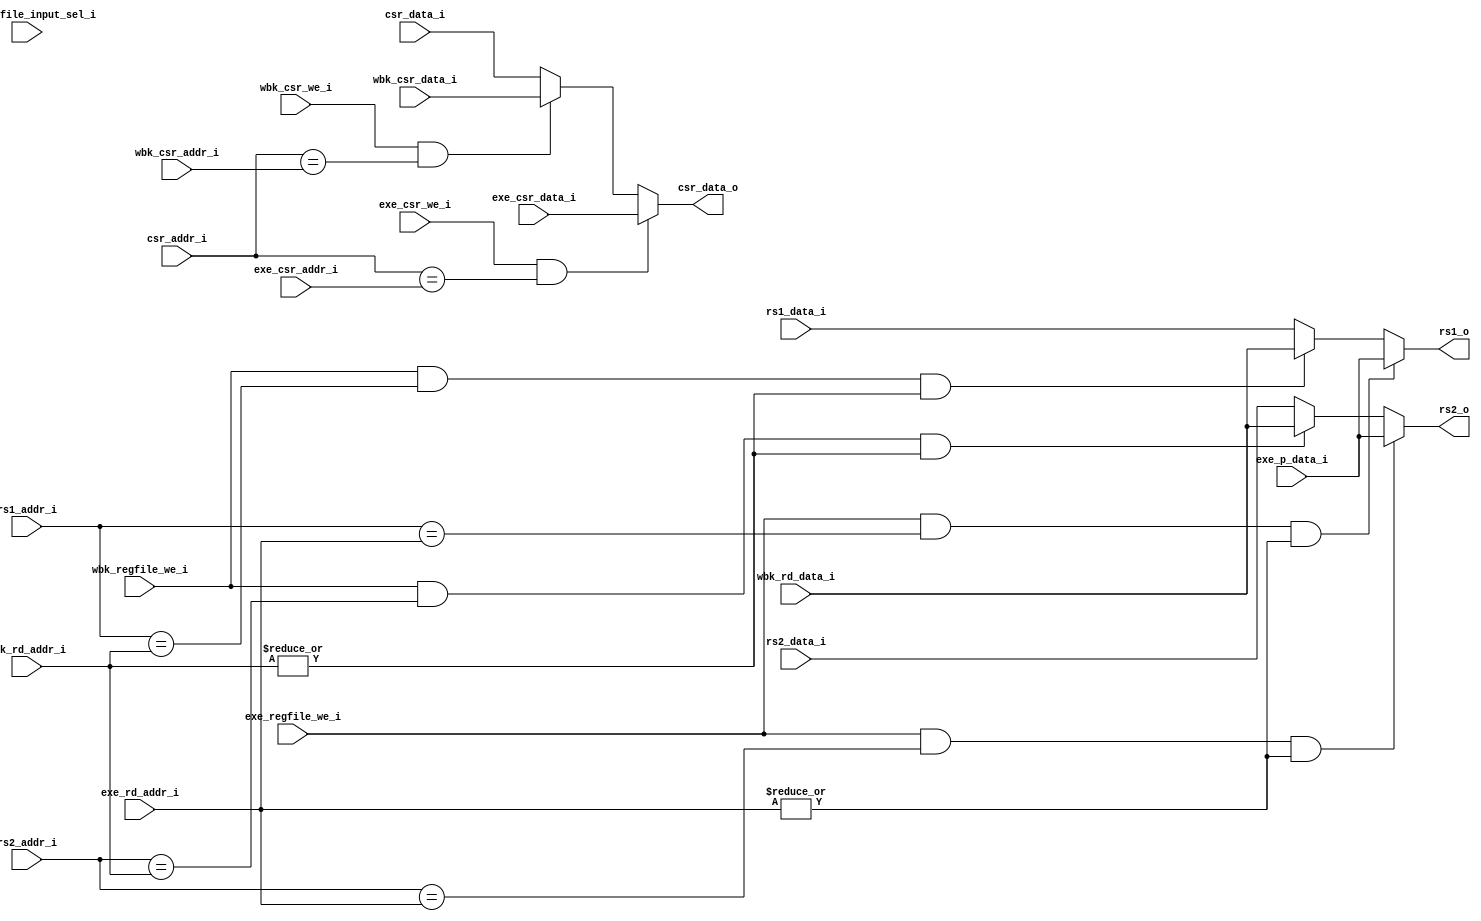
module forwarding_unit #( parameter XLEN = 32 )
(
    // Register data from Decode
    input  [4: 0]       rs1_addr_i,
    input  [4: 0]       rs2_addr_i,
    input  [11: 0]      csr_addr_i,
    input  [XLEN-1 : 0] rs1_data_i,
    input  [XLEN-1 : 0] rs2_data_i,
    input  [XLEN-1 : 0] csr_data_i,

    // Register data from Execute
    input  [4: 0]       exe_rd_addr_i,
    input               exe_regfile_we_i,
    input  [2: 0]       exe_regfile_input_sel_i,
    input  [XLEN-1 : 0] exe_p_data_i,

    input  [11: 0]      exe_csr_addr_i,
    input               exe_csr_we_i,
    input  [XLEN-1 : 0] exe_csr_data_i,

    // Register data from Writeback
    input  [4: 0]       wbk_rd_addr_i,
    input               wbk_regfile_we_i,
    input  [XLEN-1 : 0] wbk_rd_data_i,

    input  [11: 0]      wbk_csr_addr_i,
    input               wbk_csr_we_i,
    input  [XLEN-1 : 0] wbk_csr_data_i,

    // to Execution Stage
    output [XLEN-1 : 0] rs1_o,
    output [XLEN-1 : 0] rs2_o,
    output [XLEN-1 : 0] csr_data_o
);

wire is_rs1_rd_EXE_MEM_same, is_rs2_rd_EXE_MEM_same, is_csr_addr_EXE_MEM_same;
wire is_rs1_rd_MEM_WB_same, is_rs2_rd_MEM_WB_same, is_csr_addr_MEM_WB_same;
wire is_rd_EXE_MEM_not_zero, is_rd_MEM_WB_not_zero;

wire rs1_EXE_MEM_fwd, rs2_EXE_MEM_fwd, csr_EXE_MEM_fwd;
wire rs1_MEM_WB_fwd, rs2_MEM_WB_fwd, csr_MEM_WB_fwd;

wire [XLEN-1 : 0] correct_rs1_data, correct_rs2_data, correct_csr_data;
wire [XLEN-1 : 0] correct_fwd_src2;
wire [XLEN-1 : 0] correct_fwd_src1;

assign is_rs1_rd_EXE_MEM_same = (rs1_addr_i == exe_rd_addr_i);
assign is_rs2_rd_EXE_MEM_same = (rs2_addr_i == exe_rd_addr_i);
assign is_csr_addr_EXE_MEM_same = (csr_addr_i == exe_csr_addr_i);
assign is_rs1_rd_MEM_WB_same = (rs1_addr_i == wbk_rd_addr_i);
assign is_rs2_rd_MEM_WB_same = (rs2_addr_i == wbk_rd_addr_i);
assign is_csr_addr_MEM_WB_same = (csr_addr_i == wbk_csr_addr_i);

assign is_rd_EXE_MEM_not_zero = ( | exe_rd_addr_i);
assign is_rd_MEM_WB_not_zero = ( | wbk_rd_addr_i);

assign rs1_EXE_MEM_fwd = exe_regfile_we_i & is_rs1_rd_EXE_MEM_same & is_rd_EXE_MEM_not_zero;
assign rs2_EXE_MEM_fwd = exe_regfile_we_i & is_rs2_rd_EXE_MEM_same & is_rd_EXE_MEM_not_zero;
assign csr_EXE_MEM_fwd = exe_csr_we_i & is_csr_addr_EXE_MEM_same;
assign rs1_MEM_WB_fwd = wbk_regfile_we_i & is_rs1_rd_MEM_WB_same & is_rd_MEM_WB_not_zero;
assign rs2_MEM_WB_fwd = wbk_regfile_we_i & is_rs2_rd_MEM_WB_same & is_rd_MEM_WB_not_zero;
assign csr_MEM_WB_fwd = wbk_csr_we_i & is_csr_addr_MEM_WB_same;

assign correct_fwd_src2 = wbk_rd_data_i;
assign correct_fwd_src1 = exe_p_data_i;    // 'd0, 'd1, 'd2 case will handle by
                                           // pipeline_control (load-use data hazard)

assign correct_rs1_data =
       rs1_EXE_MEM_fwd ? correct_fwd_src1
       : rs1_MEM_WB_fwd ? correct_fwd_src2
       : rs1_data_i;

assign correct_rs2_data =
       rs2_EXE_MEM_fwd ? correct_fwd_src1
       : rs2_MEM_WB_fwd ? correct_fwd_src2
       : rs2_data_i;

assign correct_csr_data =
       csr_EXE_MEM_fwd ? exe_csr_data_i
       : csr_MEM_WB_fwd ? wbk_csr_data_i
       : csr_data_i;

// ================================================================================
//  Outputs signals
//
assign rs1_o = correct_rs1_data;
assign rs2_o = correct_rs2_data;
assign csr_data_o = correct_csr_data;

endmodule